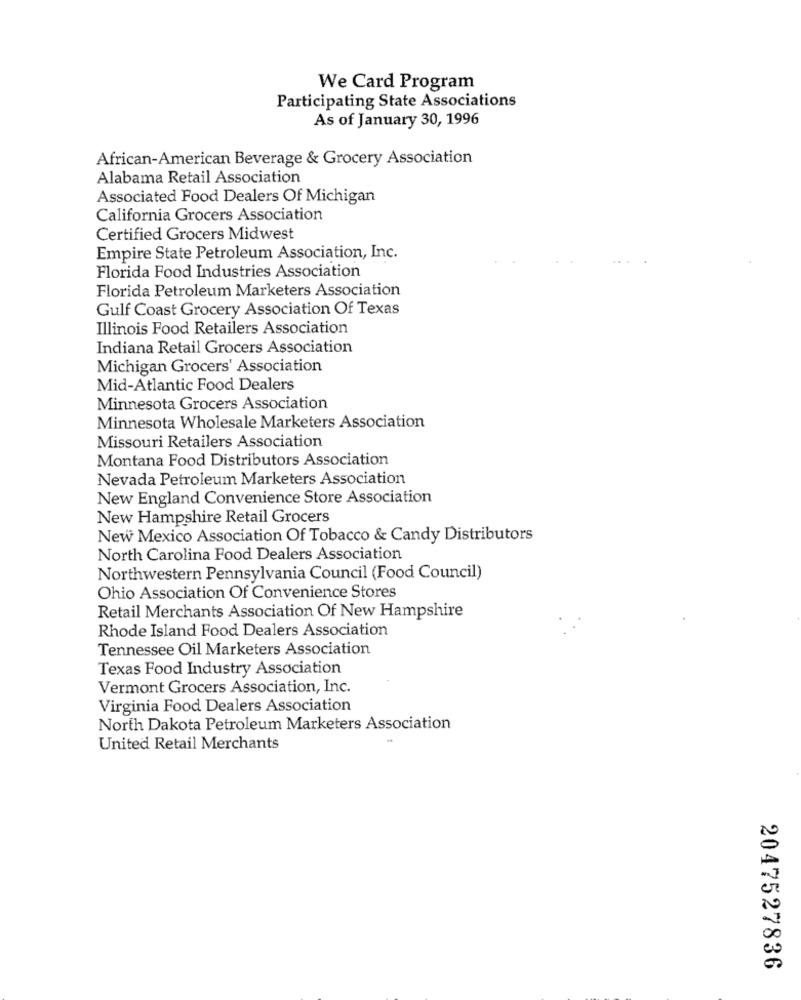
We Card Program
Participating State Associations
As of January 30, 1996
African-American Beverage & Grocery Association
Alabama Retail Association
Associated Food Dealers Of Michigan
California Grocers Association
Certified Grocers Midwest
Empire State Petroleum Association, Inc.
Florida Food Industries Association
Florida Petroleum Marketers Association
Gulf Coast Grocery Association Of Texas
Illinois Food Retailers Association
Indiana Retail Grocers Association
Michigan Grocers' Association
Mid-Atlantic Food Dealers
Minnesota Grocers Association
Minnesota Wholesale Marketers Association
Missouri Retailers Association
Montana Food Distributors Association
Nevada Petroleum Marketers Association
New England Convenience Store Association
New Hampshire Retail Grocers
New Mexico Association Of Tobacco & Candy Distributors
North Carolina Food Dealers Association
Northwestern Pennsylvania Council (Food Council)
Ohio Association Of Convenience Stores
Retail Merchants Association Of New Hampshire
Rhode Island Food Dealers Association
Tennessee Oil Marketers Association
Texas Food Industry Association
Vermont Grocers Association, Inc.
Virginia Food Dealers Association
North Dakota Petroleum Marketers Association
United Retail Merchants
2047527836